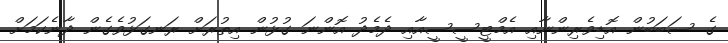
ގެ ސަބަބުން އޮޑިވެރިންނާއި އެމްޓީސީސީއާއި ދެމެދު އޮންނަ ގުޅުން އިތުރަށް ރަނގަޅުވެގެން ދާނެކަމަށް